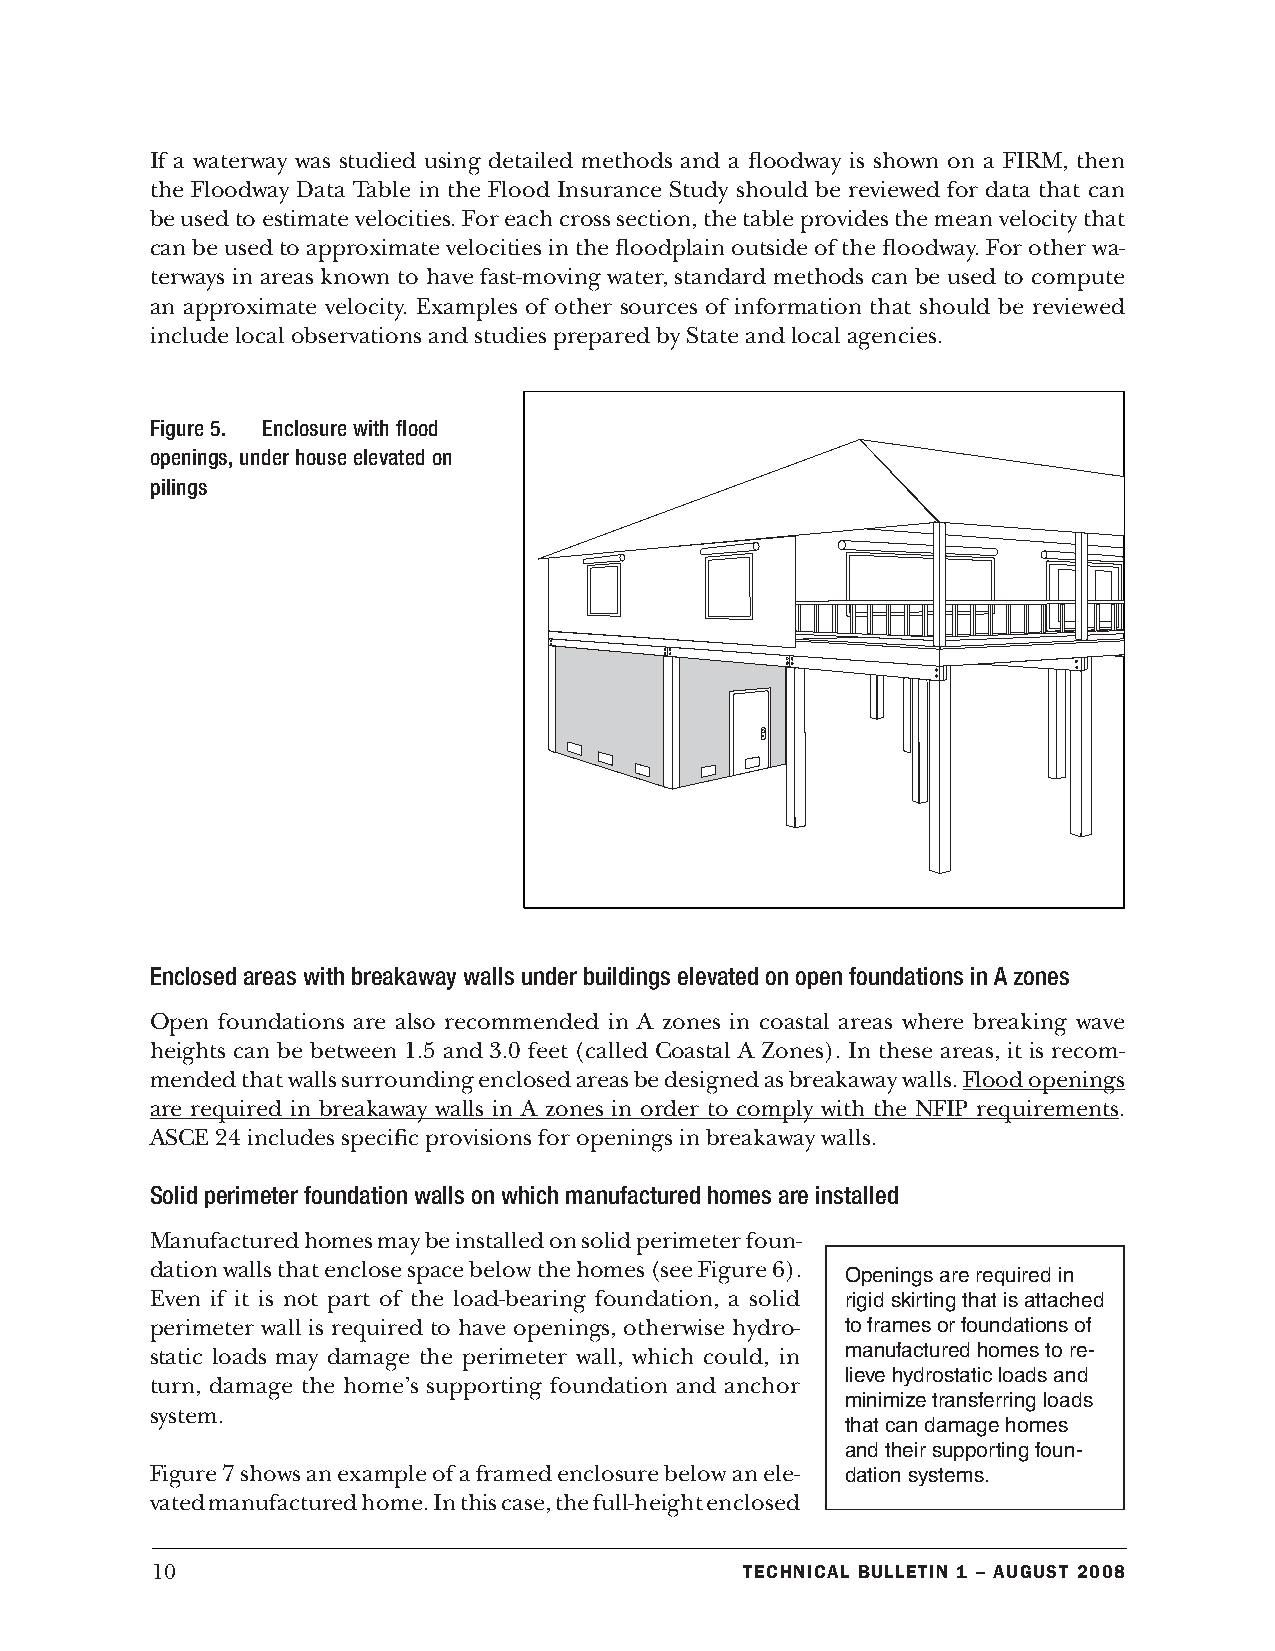
If a waterway was studied using detailed methods and a floodway is shown on a FIRM, then
 the Floodway Data Table in the Flood Insurance Study should be reviewed for data that can
 be used to estimate velocities. For each cross section, the table provides the mean velocity that
 can be used to approximate velocities in the floodplain outside of the floodway. For other wa-
 terways in areas known to have fast-moving water, standard methods can be used to compute
 an approximate velocity. Examples of other sources of information that should be reviewed
 include local observations and studies prepared by State and local agencies.
 Figure 5. Enclosure with flood
 openings, under house elevated on
 pilings
 Enclosed areas with breakaway walls under buildings elevated on open foundations in A zones
 Open foundations are also recommended in A zones in coastal areas where breaking wave
 heights can be between 1.5 and 3.0 feet (called Coastal A Zones). In these areas, it is recom-
 mended that walls surrounding enclosed areas be designed as breakaway walls. Flood openings
 are required in breakaway walls in A zones in order to comply with the NFIP requirements.
 ASCE 24 includes specific provisions for openings in breakaway walls.
 Solid perimeter foundation walls on which manufactured homes are installed
 Manufactured homes may be installed on solid perimeter foun-
 dation walls that enclose space below the homes (see Figure 6).
 Openings are required in
 Even if it is not part of the load-bearing foundation, a solid rigid skirting that is attached
 perimeter wall is required to have openings, otherwise hydro- to frames or foundations of
 static loads may damage the perimeter wall, which could, in manufactured homes to re-
 lieve hydrostatic loads and
 turn, damage the home’s supporting foundation and anchor
 minimize transferring loads
 system.
 that can damage homes
 and their supporting foun-
 Figure 7 shows an example of a framed enclosure below an ele- dation systems.
 vated manufactured home. In this case, the full-height enclosed
 10                                     Technical BulleTin 1 – augusT 2008